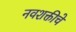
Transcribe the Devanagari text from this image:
नवशक्तीचे